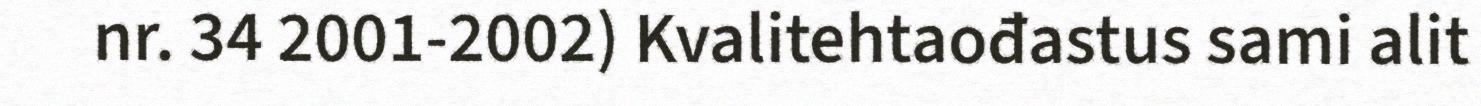
nr. 34 2001-2002) Kvalitehtaođastus sami alit